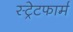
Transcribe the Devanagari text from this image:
स्ट्रेटफार्म